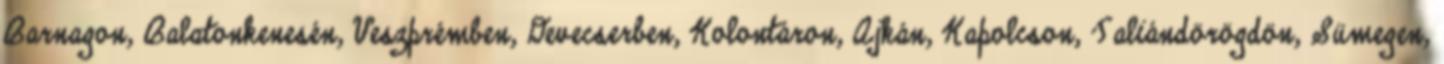
Barnagon, Balatonkenesén, Veszprémben, Devecserben, Kolontáron, Ajkán, Kapolcson, Taliándörögdön, Sümegen,